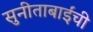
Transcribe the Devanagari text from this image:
सुनीताबाईंची